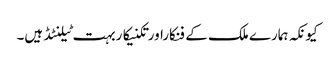
کیونکہ ہمارے ملک کے فنکاراورتکنیکاربہت ٹیلنٹڈ ہیں۔